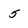
Character: 5